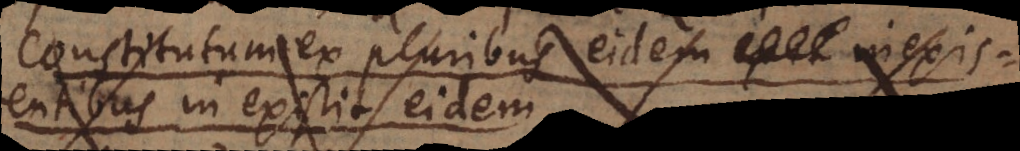
constitutum ex pluribus eidem inexistentibus